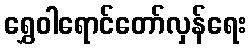
ရွှေဝါရောင်တော်လှန်ရေး